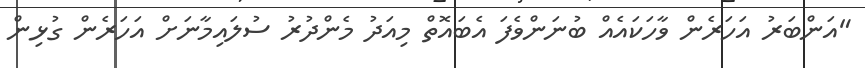
"އަންބަރު އަހަރެން ވާހަކައެއް ބުނަންވެފަ އެބައޮތް މިއަދު މެންދުރު ސުލައިމާނަށް އަހަރެން ގުޅިން